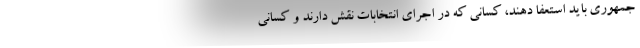
جمهوری باید استعفا دهند، کسانی که در اجرای انتخابات نقش دارند و کسانی